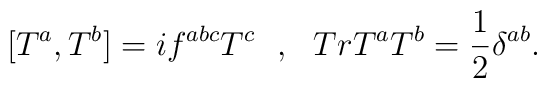
[T^{a},T^{b}]=if^{abc}T^{c} \ \  , \ \  TrT^{a}T^{b}=\frac{1}{2}\delta^{ab}.